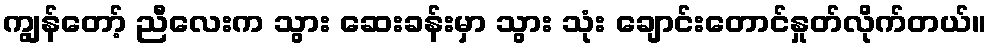
ကျွန်တော့် ညီလေးက သွား ဆေးခန်းမှာ သွား သုံး ချောင်းတောင်နှုတ်လိုက်တယ်။